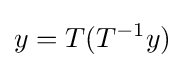
y=T(T^{-1}y)